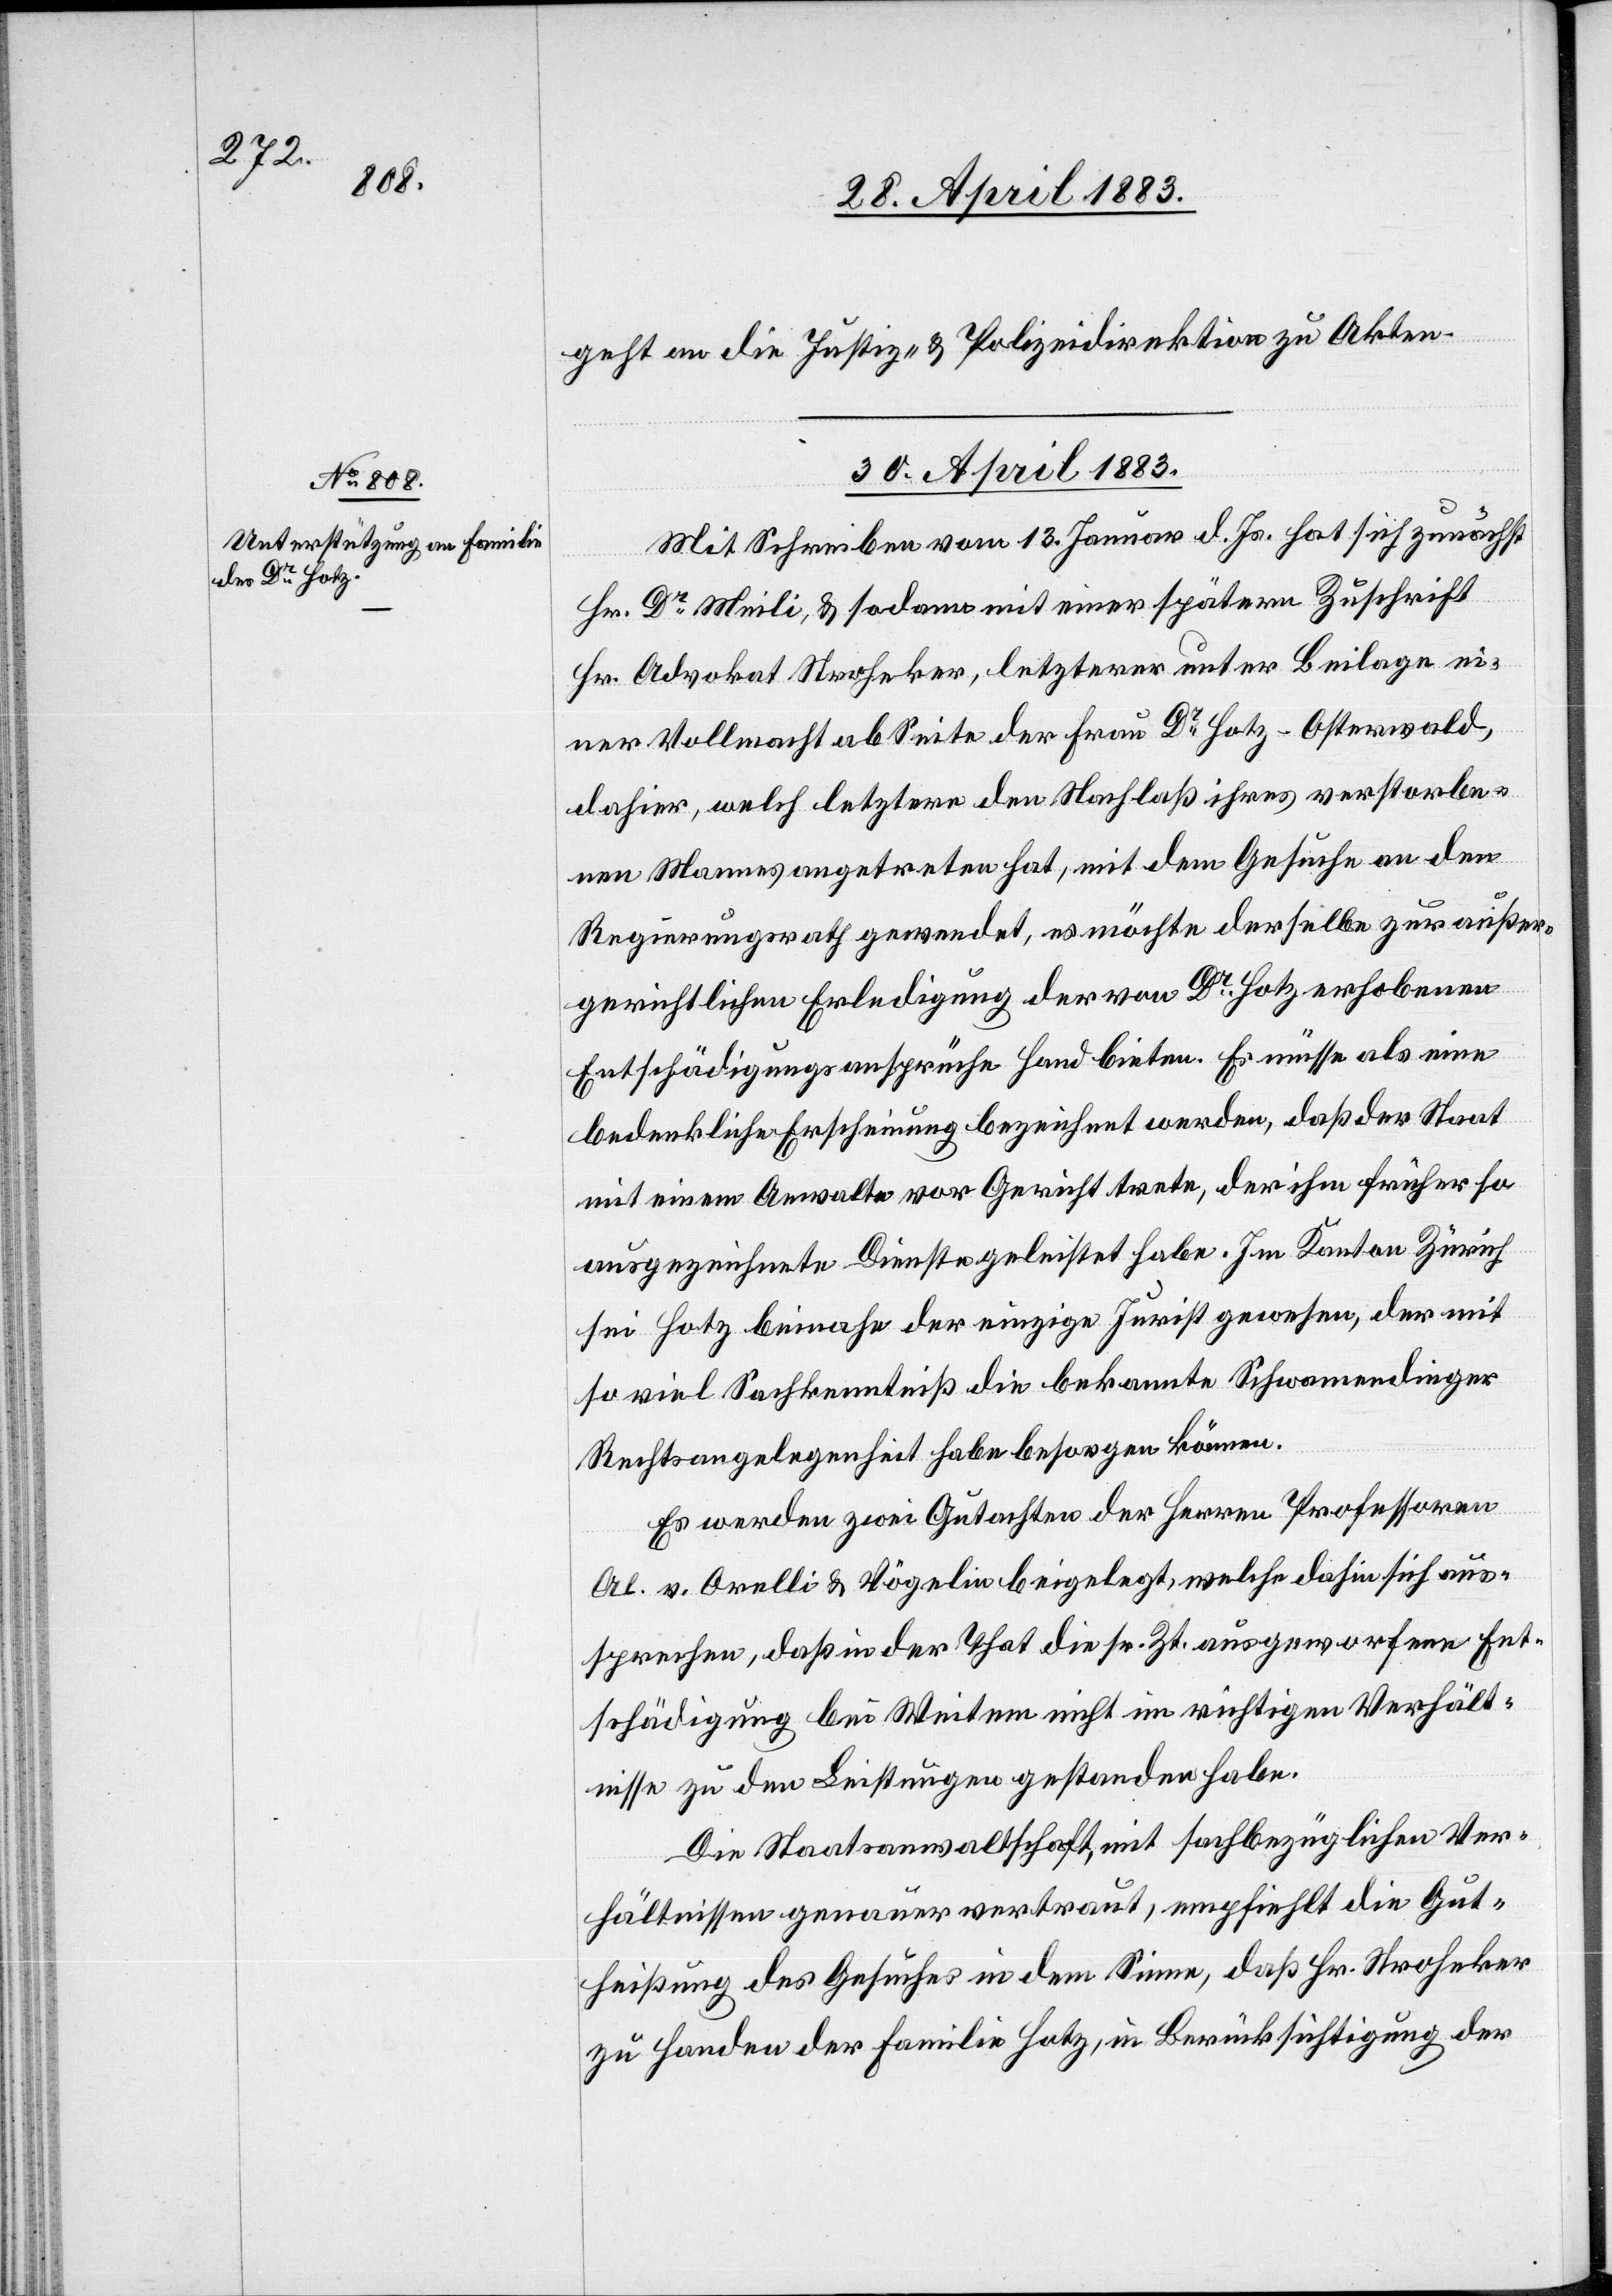
an die
30. April 1883.
Mit Schreiben vom 13. Januar d. Js. hat sich zunächst
Hr. Dr Meili, & sodann mit einer spätern Zuschrift
Hr. Advokat Stroheker, letzterer unter Beilage ei¬
ner Vollmacht ab Seite der Frau Dr Hotz-Ottenwald,
dahier, welch letzterer den Nachlaß ihres verstorbe¬
nen Mannes angetreten hat, mit dem Gesuche an den
Regierungsrath gewendet, es möchte derselbe zur außer¬
gerichtlichen Erledigung der von Dr Hotz erhobenen
Entschädigungsansprüche Hand bieten. Es müsse als eine
bedenkliche Erscheinung bezeichnet werden, daß der Staat
mit einem Anwalte vor Gericht trete, der ihm früher so
ausgezeichnete Dienste geleistet habe. Im Kanton Zürich
sei Hotz beinahe der einzige Jurist gewesen, der mit
so viel Sachkenntniß die bekannte Schwamendinger
Rechtsangelegenheit habe besorgen können.
Es werden zwei Gutachten der Herren Professoren
Al. v. Orelli & Vögelin beigelegt, welche dahin sich aus¬
sprechen, daß in der That die sr. Zt. ausgeworfene Ent¬
schädigung bei Weitem nicht im richtigen Verhält¬
nisse zu den Leistungen gestanden habe.
Die Staatsanwaltschaft, mit sachbezüglichen Ver¬
hältnissen genauer vertraut, empfiehlt die Gut¬
heißung des Gesuches in dem Sinne, daß Hr. Stroheker
zu Handen der Familie Hotz, in Berücksichtigung der